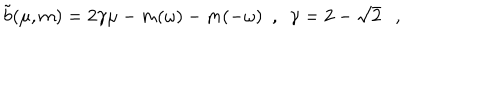
\tilde { b } ( \mu , m ) = 2 \gamma \mu - m ( \omega ) - m ( - \omega ) ~ ~ , ~ ~ \gamma = 2 - \sqrt { 2 } ,